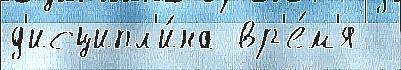
д'исципл'и́на вр'е́м'я